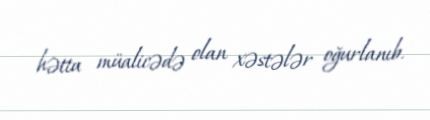
hətta müalicədə olan xəstələr oğurlanıb.